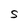
Character: S